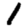
Digit: 1